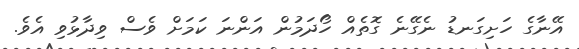
އޭނާގެ ހަށިގަނޑު ނެގޭނެ ގޮތެއް ހޯދަމުން އަންނަ ކަމަށް ވެސް ވިދާޅުވި އެވެ.